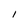
Character: 1